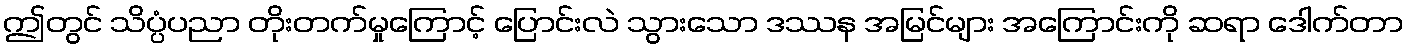
ဤတွင် သိပ္ပံပညာ တိုးတက်မှုကြောင့် ပြောင်းလဲ သွားသော ဒဿန အမြင်များ အကြောင်းကို ဆရာ ဒေါက်တာ